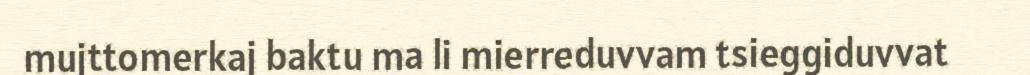
mujttomerkaj baktu ma li mierreduvvam tsieggiduvvat